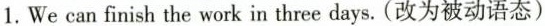
1.We can finish the work in three days. (改为被动语态)